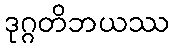
ဒုဂ္ဂတိဘယဿ